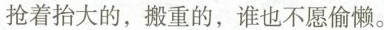
抢着抬大的，搬重的，谁也不愿偷懒。